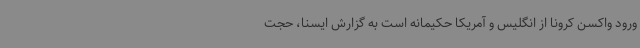
ورود واکسن کرونا از انگلیس و آمریکا حکیمانه است به گزارش ایسنا، حجت